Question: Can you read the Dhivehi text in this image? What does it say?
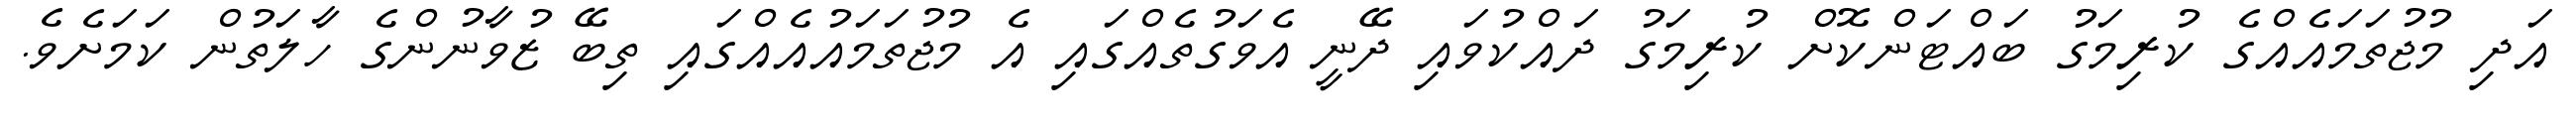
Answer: އަދި މުޖުތަމައެއްގެ ކުރިމަގު ބައްޓަންކޮށް ކުރިމަގު ދައްކުވައި ދޭނީ އެވަގުތެއްގައި އެ މުޖުތަމައުއެއްގައި ތިބޭ ޒުވާނުންގެ ހާލަތުން ކަމަށެވެ.